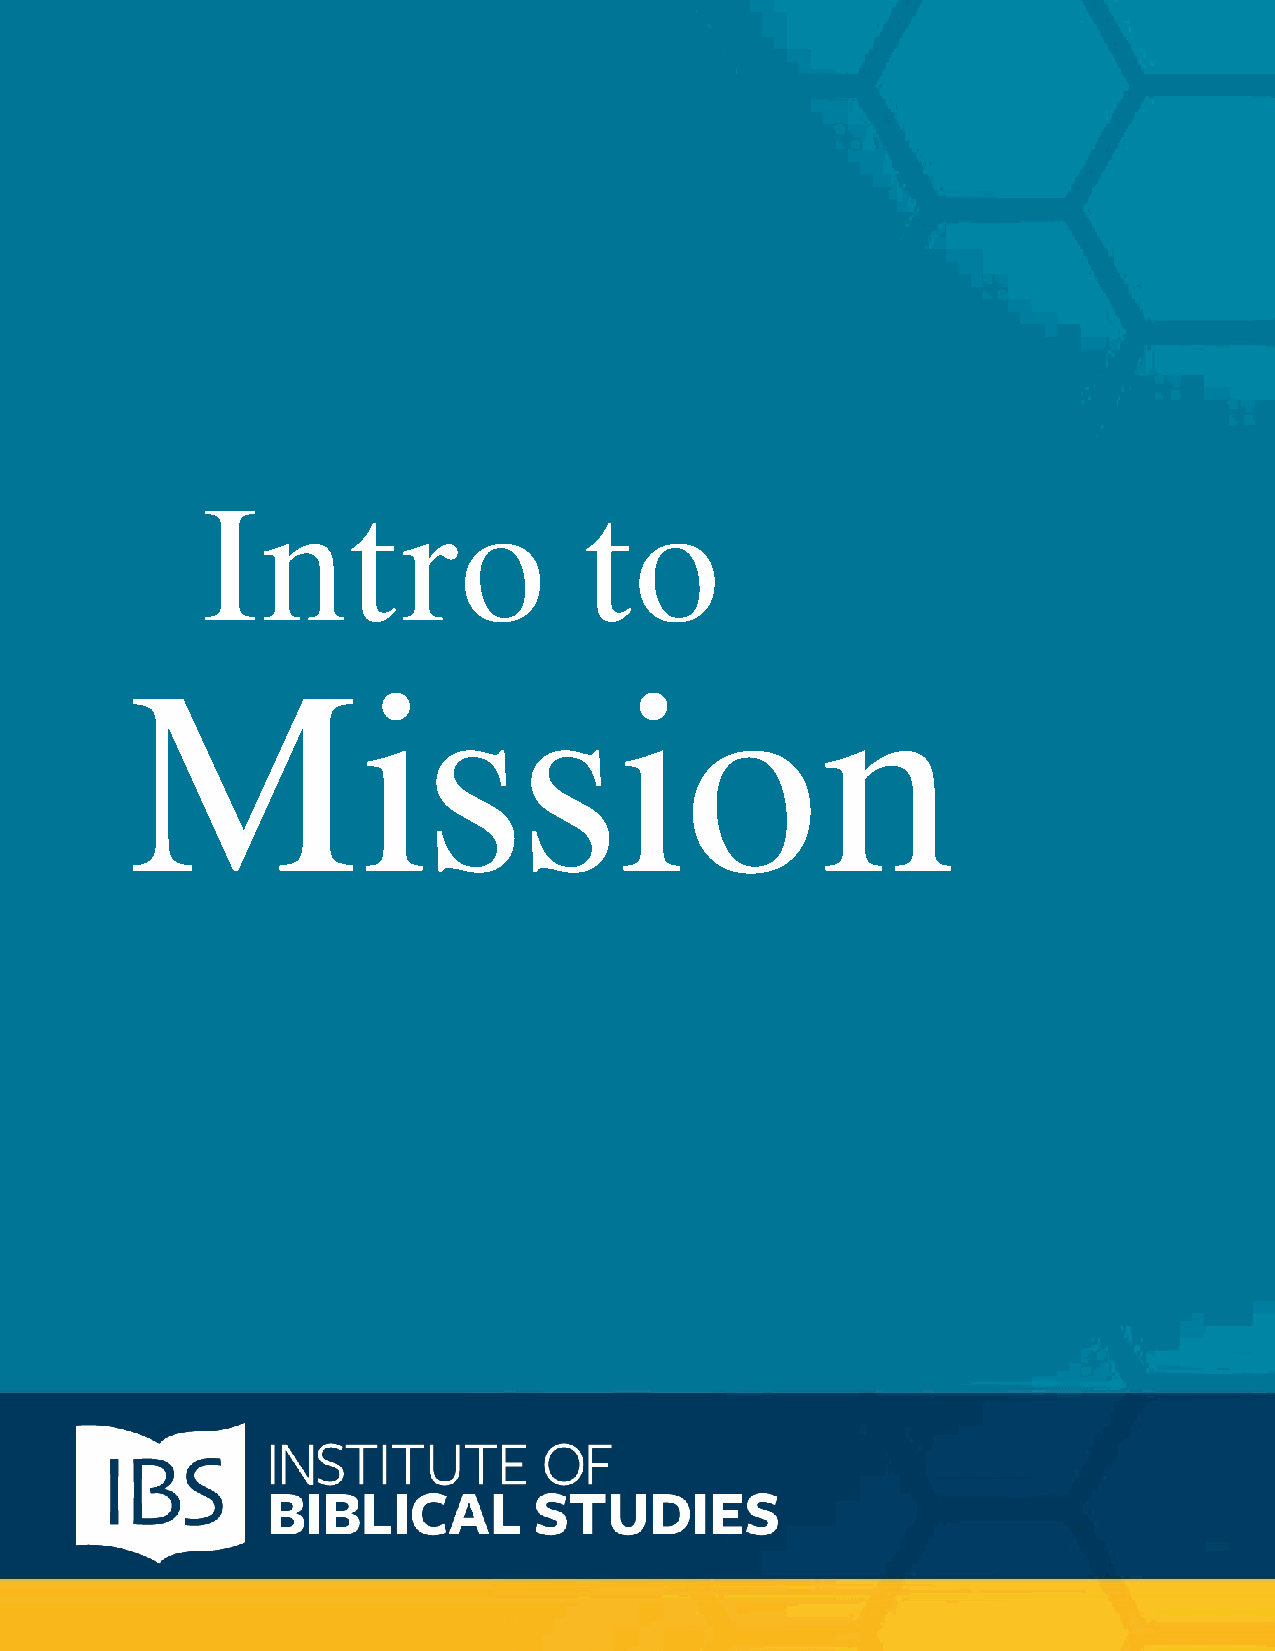
Intro                     to
 Mission